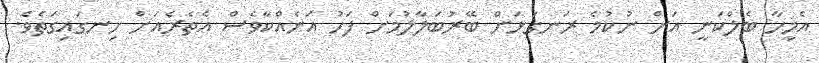
އެމީހާ ބެލްކަނީ އަށް ނުކުމެ ރަނގަޅަށް ބޭރުބަލާލުމަށް ފަހު އަނެއްކާވެސް އެތެރެއަށް ހިނގައިގަތެވެ.